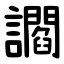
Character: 讇